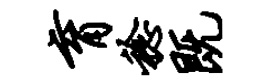
育稔既